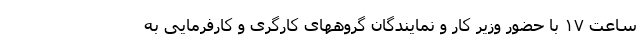
ساعت ۱۷ با حضور وزیر کار و نمایندگان گروههای کارگری و کارفرمایی به